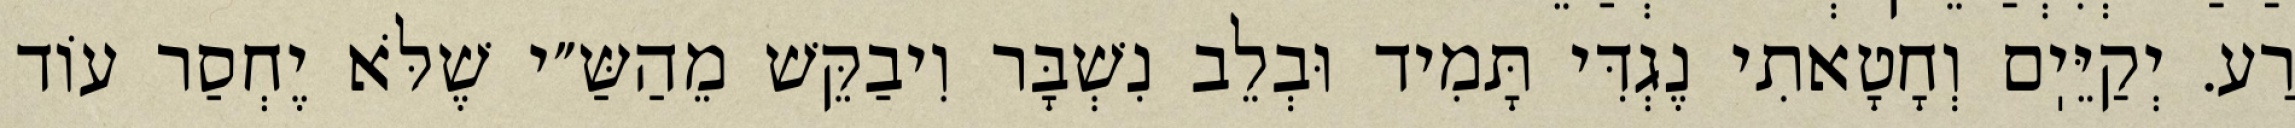
רַע. יְקַיֵּיֽם וְחָטָאתִי נֶגְדִּי תָּמִיד וּבְלֵב נִשְׁבָּר וִיבַקֵּשׁ מֵהַשַּ״י שֶׁלֹּא יֶחְסַר עוֹד